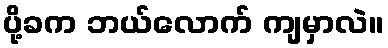
ပို့ခက ဘယ်လောက် ကျမှာလဲ။